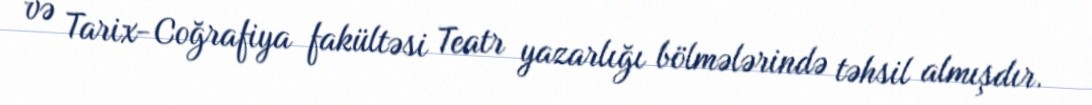
və Tarix-Coğrafiya fakültəsi Teatr yazarlığı bölmələrində təhsil almışdır.